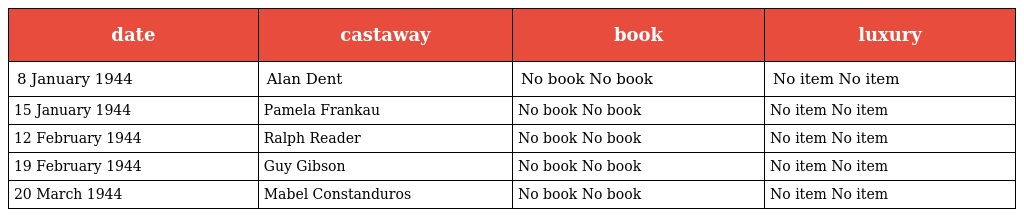
| date | castaway | book | luxury |
 | --- | --- | --- | --- |
 | 8 January 1944 | Alan Dent | No book No book | No item No item |
 | 15 January 1944 | Pamela Frankau | No book No book | No item No item |
 | 12 February 1944 | Ralph Reader | No book No book | No item No item |
 | 19 February 1944 | Guy Gibson | No book No book | No item No item |
 | 20 March 1944 | Mabel Constanduros | No book No book | No item No item |